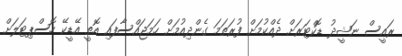
ރައީސް ނަޝީދު ޑޮކްޓަރަށް ދެއްކުމަށް ފުރަތަމަ ގެންދިއުމަށް ހަމަޖައްސާފައި އޮތީ އޭޑީކޭ ހޮސްޕިޓަލަށް